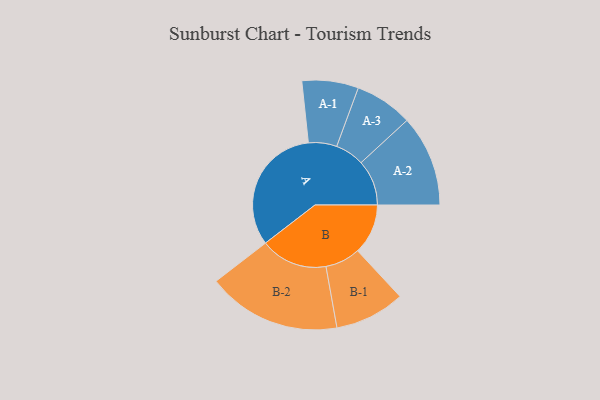
{"axis": {"x": "Segment", "y": "Value"}, "legend": ["", "A", "B"], "data": [{"x": "A", "y": 493, "type": ""}, {"x": "B", "y": 191, "type": ""}, {"x": "A-1", "y": 107, "type": "A"}, {"x": "A-2", "y": 173, "type": "A"}, {"x": "A-3", "y": 110, "type": "A"}, {"x": "B-1", "y": 133, "type": "B"}, {"x": "B-2", "y": 254, "type": "B"}]}